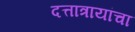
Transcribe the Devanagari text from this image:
दत्तात्रायांचा